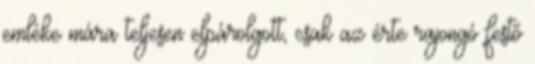
emléke mára teljesen elpárolgott, csak az érte rajongó festő